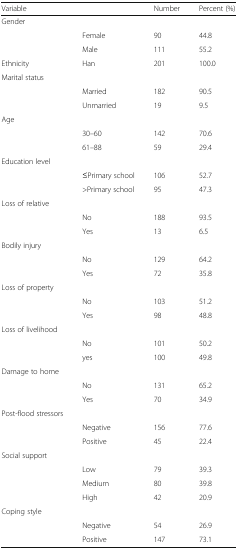
| Variable |  | Number | Percent (%) |
 | --- | --- | --- | --- |
 | <ROWSPAN=3> Gender |  |  |  |
 | Female | 90 | 44.8 |
 | Male | 111 | 55.2 |
 | Ethnicity | Han | 201 | 100.0 |
 | <ROWSPAN=3> Marital status |  |  |  |
 | Married | 182 | 90.5 |
 | Unmarried | 19 | 9.5 |
 | <ROWSPAN=3> Age |  |  |  |
 | 30–60 | 142 | 70.6 |
 | 61–88 | 59 | 29.4 |
 | <ROWSPAN=3> Education level |  |  |  |
 | ≤Primary school | 106 | 52.7 |
 | >Primary school | 95 | 47.3 |
 | <ROWSPAN=3> Loss of relative |  |  |  |
 | No | 188 | 93.5 |
 | Yes | 13 | 6.5 |
 | <ROWSPAN=3> Bodily injury |  |  |  |
 | No | 129 | 64.2 |
 | Yes | 72 | 35.8 |
 | <ROWSPAN=3> Loss of property |  |  |  |
 | No | 103 | 51.2 |
 | Yes | 98 | 48.8 |
 | <ROWSPAN=3> Loss of livelihood |  |  |  |
 | No | 101 | 50.2 |
 | yes | 100 | 49.8 |
 | <ROWSPAN=3> Damage to home |  |  |  |
 | No | 131 | 65.2 |
 | Yes | 70 | 34.9 |
 | <ROWSPAN=3> Post-flood stressors |  |  |  |
 | Negative | 156 | 77.6 |
 | Positive | 45 | 22.4 |
 | <ROWSPAN=4> Social support |  |  |  |
 | Low | 79 | 39.3 |
 | Medium | 80 | 39.8 |
 | High | 42 | 20.9 |
 | <ROWSPAN=3> Coping style |  |  |  |
 | Negative | 54 | 26.9 |
 | Positive | 147 | 73.1 |